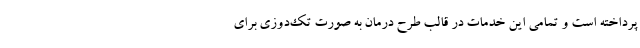
پرداخته است و تمامی این خدمات در قالب طرح درمان به صورت تک‌دوزی برای